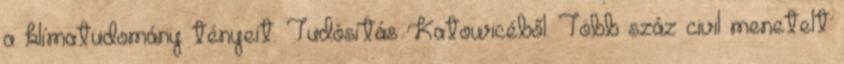
a klímatudomány tényeit. Tudósítás Katowicéből. Több száz civil menetelt